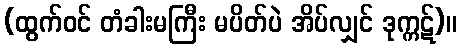
(ထွက်ဝင် တံခါးမကြီး မပိတ်ပဲ အိပ်လျှင် ဒုက္ကဋ်)။